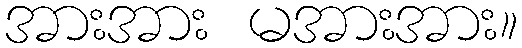
အားအား မအားအား။